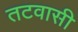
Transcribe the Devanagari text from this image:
तटवासी